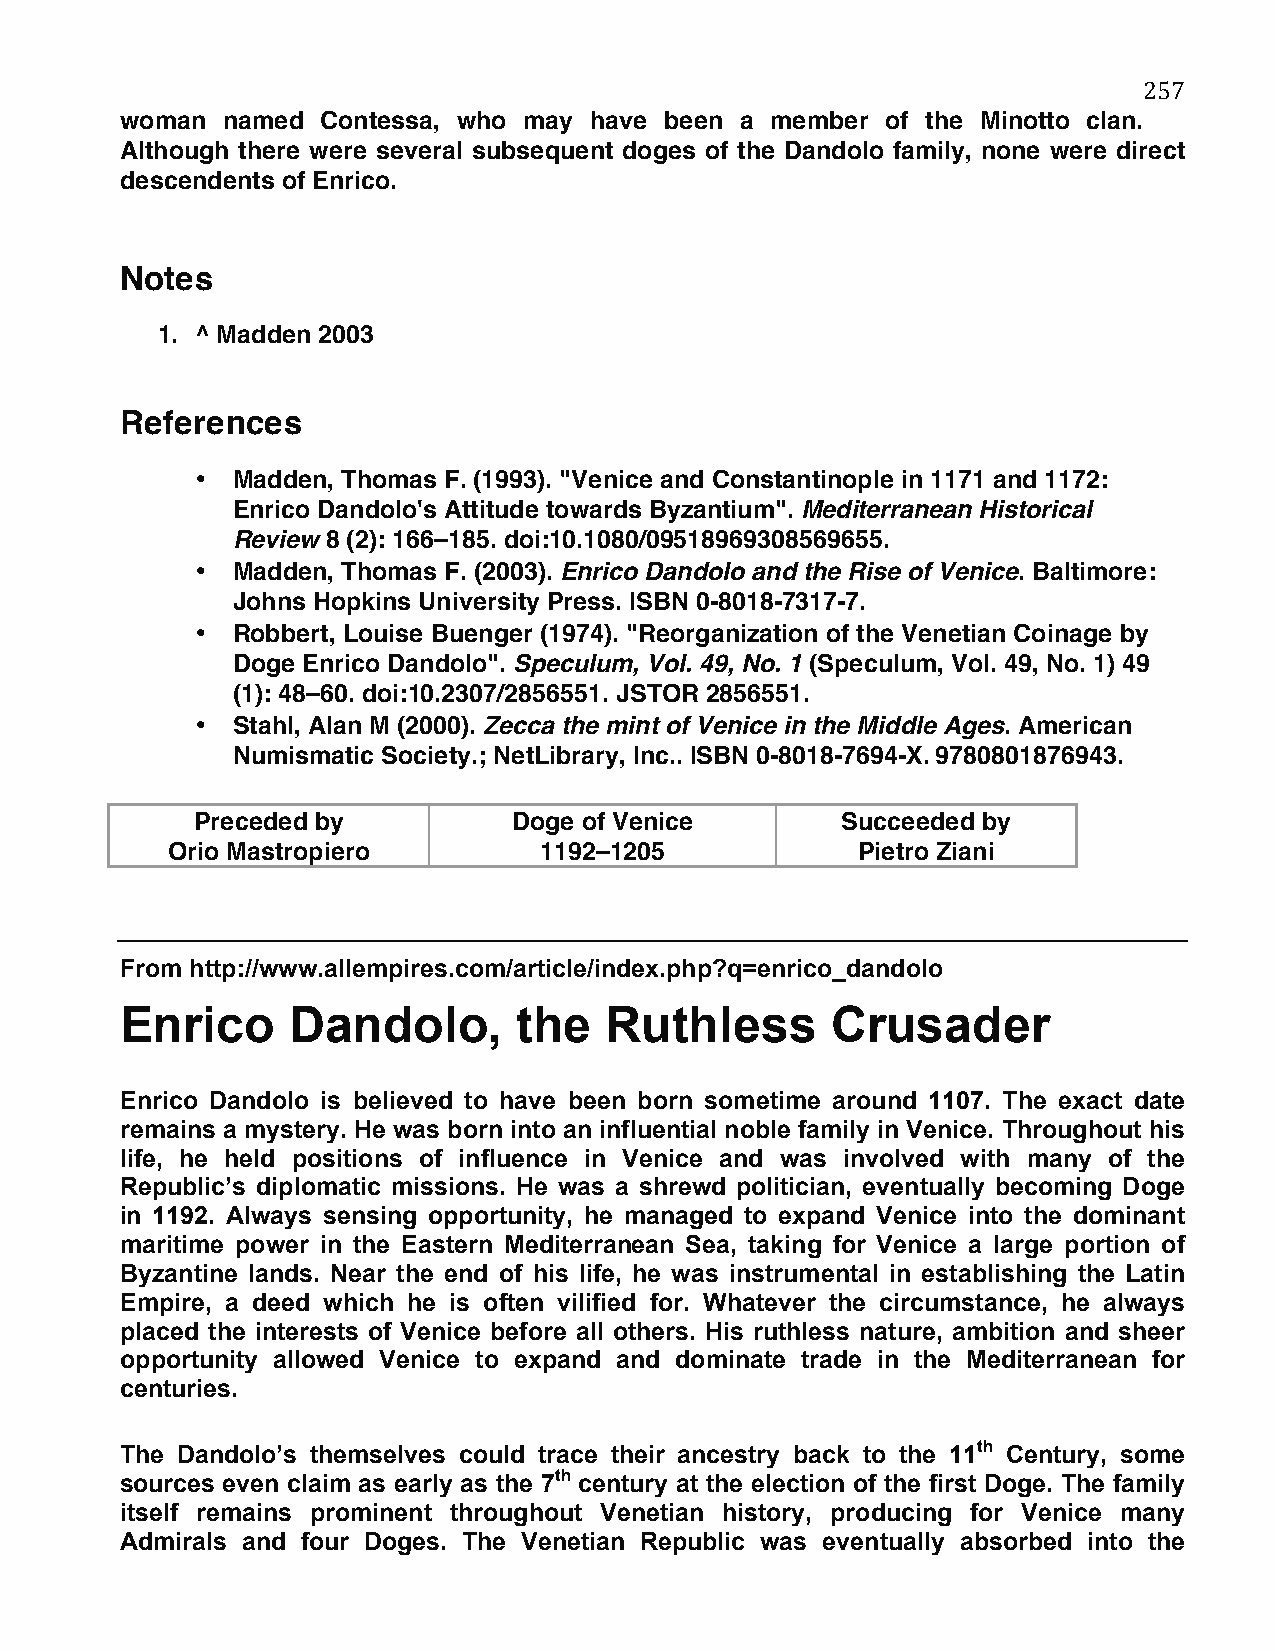
257
 woman  named Contessa, who may have been a member  of the Minotto clan.
 Although there were several subsequent doges of the Dandolo family, none were direct
 descendents of Enrico.
 Notes
 1. ^ Madden 2003
 References
 • Madden, Thomas F. (1993). "Venice and Constantinople in 1171 and 1172:
 Enrico Dandolo's Attitude towards Byzantium". Mediterranean Historical
 Review 8 (2): 166–185. doi:10.1080/09518969308569655.
 • Madden, Thomas F. (2003). Enrico Dandolo and the Rise of Venice. Baltimore:
 Johns Hopkins University Press. ISBN 0-8018-7317-7.
 • Robbert, Louise Buenger (1974). "Reorganization of the Venetian Coinage by
 Doge Enrico Dandolo". Speculum, Vol. 49, No. 1 (Speculum, Vol. 49, No. 1) 49
 (1): 48–60. doi:10.2307/2856551. JSTOR 2856551.
 • Stahl, Alan M (2000). Zecca the mint of Venice in the Middle Ages. American
 Numismatic Society.; NetLibrary, Inc.. ISBN 0-8018-7694-X. 9780801876943.
 Preceded by          Doge of Venice        Succeeded by
 Orio Mastropiero         1192–1205            Pietro Ziani
 From http://www.allempires.com/article/index.php?q=enrico_dandolo
 Enrico     Dandolo,       the   Ruthless       Crusader
 Enrico Dandolo is believed to have been born sometime around 1107. The exact date
 remains a mystery. He was born into an influential noble family in Venice. Throughout his
 life, he held positions of influence in Venice and was involved with many of the
 Republic’s diplomatic missions. He was a shrewd politician, eventually becoming Doge
 in 1192. Always sensing opportunity, he managed to expand Venice into the dominant
 maritime power in the Eastern Mediterranean Sea, taking for Venice a large portion of
 Byzantine lands. Near the end of his life, he was instrumental in establishing the Latin
 Empire, a deed which he is often vilified for. Whatever the circumstance, he always
 placed the interests of Venice before all others. His ruthless nature, ambition and sheer
 opportunity allowed Venice to expand and dominate trade in the Mediterranean for
 centuries.
 The Dandolo’s themselves could trace their ancestry back to the 11th Century, some
 sources even claim as early as the 7th century at the election of the first Doge. The family
 itself remains prominent throughout Venetian history, producing for Venice many
 Admirals and four Doges. The Venetian Republic was eventually absorbed into the